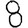
Digit: 8